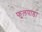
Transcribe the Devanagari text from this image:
फुलपाडा